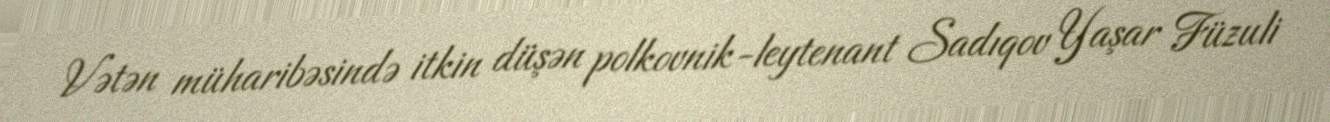
Vətən müharibəsində itkin düşən polkovnik-leytenant Sadıqov Yaşar Füzuli